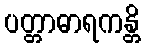
ပတ္တာဓာရကန္တိ